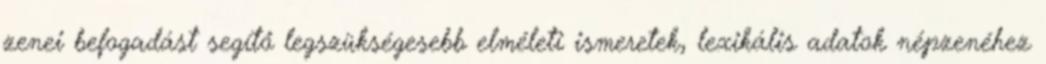
zenei befogadást segítő legszükségesebb elméleti ismeretek, lexikális adatok népzenéhez